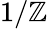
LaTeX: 1/\mathbb{Z}